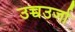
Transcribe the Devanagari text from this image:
उच्चउर्जा